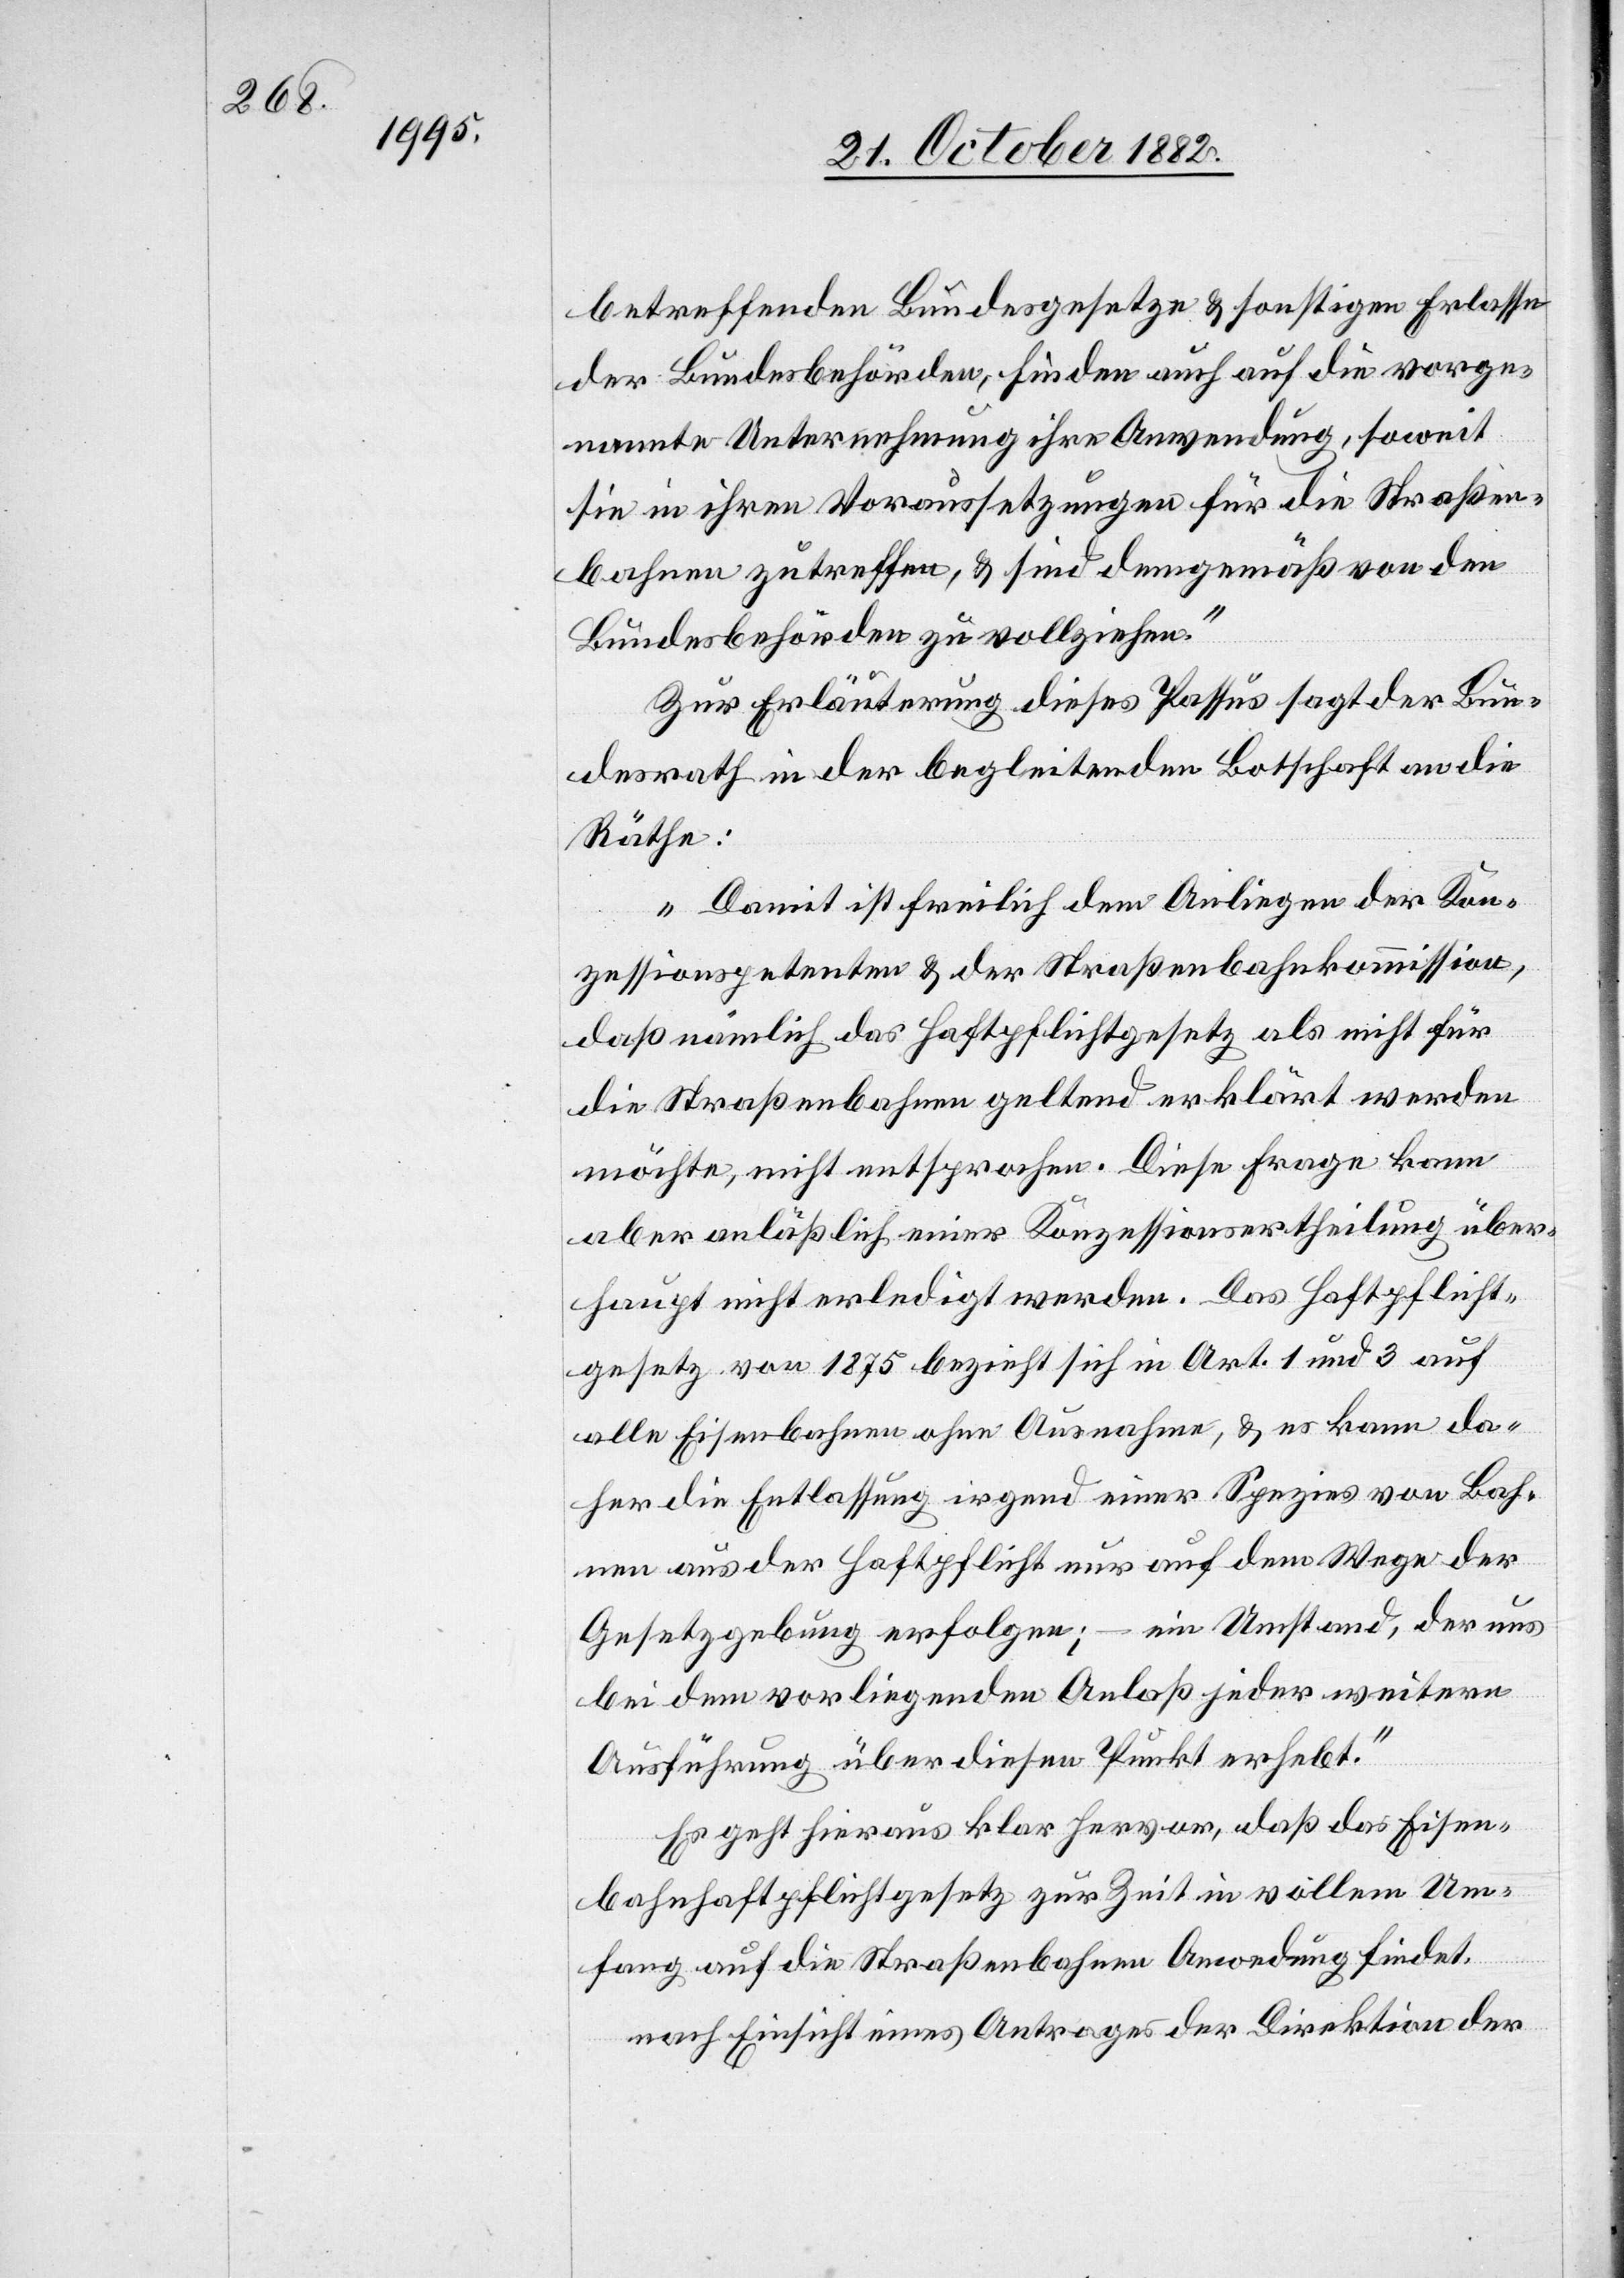
betreffenden Bundesgesetze & sonstigen Erlasse
der Bundesbehörden, finden auch auf die vorge¬
nannte Unternehmung ihre Anwendung, soweit
sie in ihren Voraussetzungen für die Straßen¬
bahnen zutreffen, & sind demgemäß von den
Bundesbehörden zu vollziehen.“
Zur Erläuterung dieses Passus sagt der Bun¬
desrath in der begleitenden Botschaft an die
Räthe:
„Damit ist freilich dem Anliegen der Kon¬
zessionspetenten & der Straßenbahnkommission,
daß nämlich das Haftpflichtgesetz als nicht für
die Straßenbahnen geltend erklärt werden
möchte, nicht entsprochen. Diese Frage kann
aber anläßlich einer Konzessionsertheilung über¬
haupt nicht erledigt werden. Das Haftpflicht¬
gesetz von 1875 bezieht sich in Art. 1 und 3 auf
alle Eisenbahnen ohne Ausnahme, & es kann da¬
her die Entlassung irgend einer Spezies von Bah¬
nen aus der Haftpflicht nur auf dem Wege der
Gesetzgebung erfolgen; – ein Umstand, der uns
bei dem vorliegenden Anlaß jeder weitern
Ausführung über diesen Punkt erhebt.“
Es geht hieraus klar hervor, daß das Eisen¬
bahnhaftpflichtgesetz zur Zeit in vollem Um¬
fang auf die Straßenbahnen Anwendung findet.
nach Einsicht eines Antrages der Direktion der